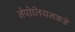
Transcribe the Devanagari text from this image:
नेपोलियनकडे